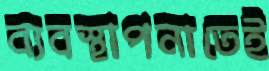
ব্যবস্থাপনাতেই